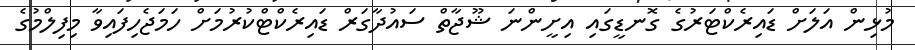
މުޅިން އަލަށް ޑައިރެކްޓަރުގެ ގޮނޑީގައި އިށީންނަ ޝޫޖާތް ސައުދާގަރް ޑައިރެކްޓްކުރުމަށް ހަމަޖެހިފައިވާ މިފިލްމުގެ